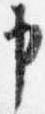
申